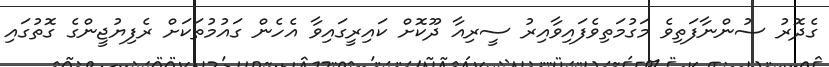
ގެދޮރު ސުންނާފަތިވެ މަގުމަތިވެފައިވާއިރު ސީރިއާ ދޫކޮށް ކައިރީގައިވާ އެހެން ގައުމުތަކަށް ރެފިޔުޖީންގެ ގޮތުގައި